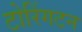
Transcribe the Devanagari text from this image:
टोरिंगटन